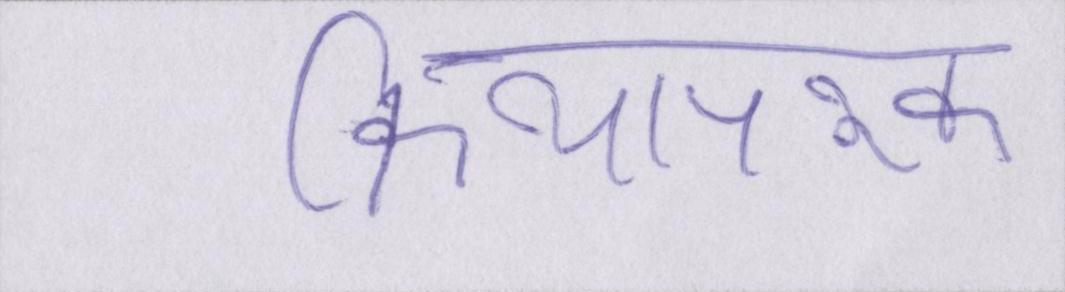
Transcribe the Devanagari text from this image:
क्रियापरक